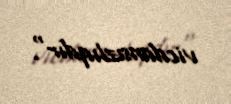
vicdansızlıqdır".